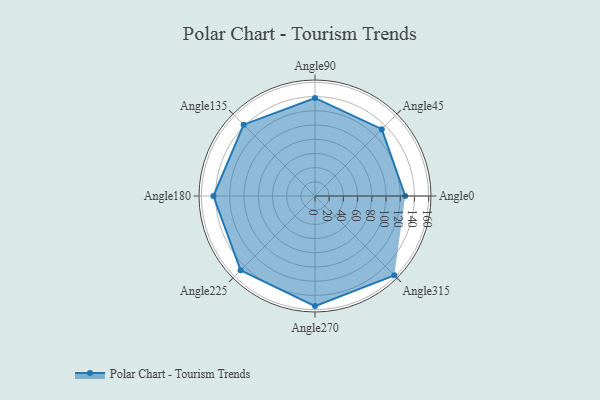
{"axis": {"x": "Angle", "y": "Radius"}, "legend": [""], "data": [{"x": "Angle0", "y": 127.0, "type": ""}, {"x": "Angle45", "y": 133.0, "type": ""}, {"x": "Angle90", "y": 138.0, "type": ""}, {"x": "Angle135", "y": 142.0, "type": ""}, {"x": "Angle180", "y": 143.0, "type": ""}, {"x": "Angle225", "y": 148.0, "type": ""}, {"x": "Angle270", "y": 155.0, "type": ""}, {"x": "Angle315", "y": 158.0, "type": ""}]}